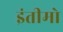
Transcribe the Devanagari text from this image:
इंतीमो